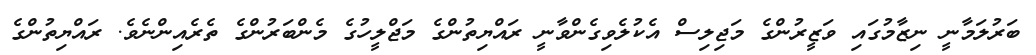
ބަރުލަމާނީ ނިޒާމުގައި ވަޒީރުންގެ މަޖިލިސް އެކުލެވިގެންވާނީ ރައްޔިތުންގެ މަޖްލީހުގެ މެންބަރުންގެ ތެރެއިންނެވެ. ރައްޔިތުންގެ